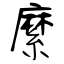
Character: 縻